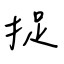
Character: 捉